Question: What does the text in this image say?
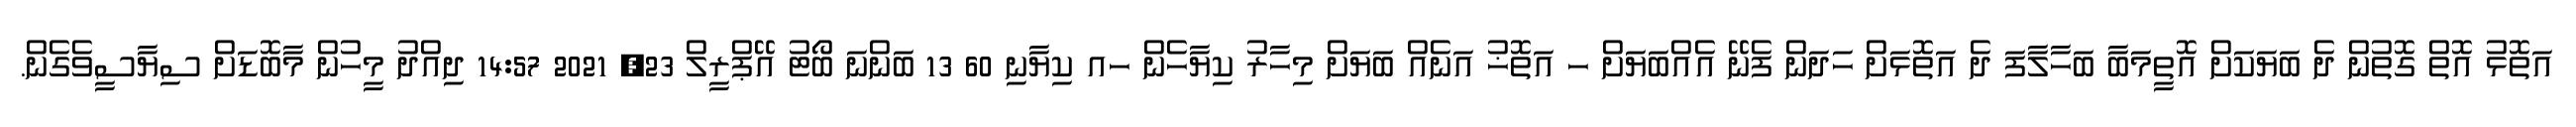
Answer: އަތޮޅު އޮތް ގޮތުން ދެ ބަޔަކަށް އޮތީމަބާ ބަހާލާފަ ދެ އަތޮޅަށް ހަދަން ފެނޭ އެއްބަޔަށް ހ އަތޮޚު އަނެއް ބަޔަށް މިހާރު ކިޔާހެން ހއ ކިޔާނި 60 13 ބަންނަ ބޯޓު އޭޕްރީލް 23, 2021 14:57 ދިއްދު މީހުން މާބޮޑަށް ސިޔާސީވެގެން.